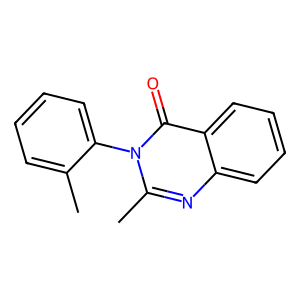
SMILES: Cc1ccccc1-n1c(C)nc2ccccc2c1=O
Inhibits HIV replication: No